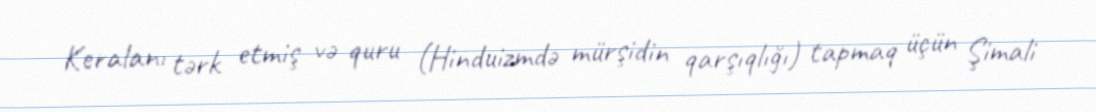
Keralanı tərk etmiş və quru (Hinduizmdə mürşidin qarşıqlığı) tapmaq üçün Şimali